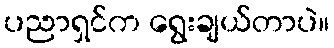
ပညာရှင်က ရွေးချယ်တာပဲ။